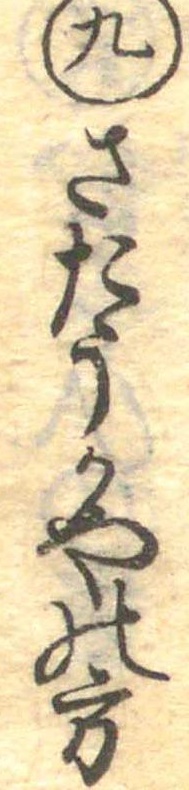
九さたうかやの方